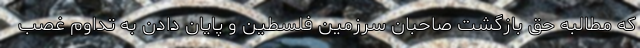
که مطالبه حق بازگشت صاحبان سرزمین فلسطین و پایان دادن به تداوم غصب